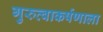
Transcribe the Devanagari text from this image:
गुरुत्वाकर्षणाला